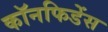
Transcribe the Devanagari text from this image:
कॉनफिडेंस